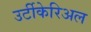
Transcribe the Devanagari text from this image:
उर्टीकेरिअल